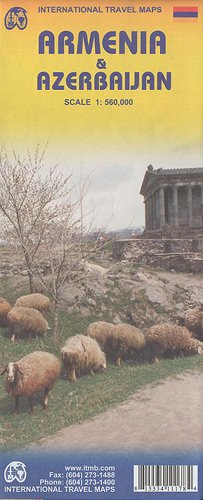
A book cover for Armenia/Azerbajan: ITM.0140; International Travel Maps; Travel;